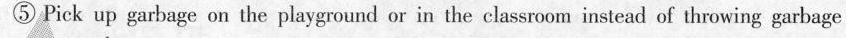
⑤ Pick up garbage on the playground or in the classroom instead of throwing garbage